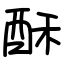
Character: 酥